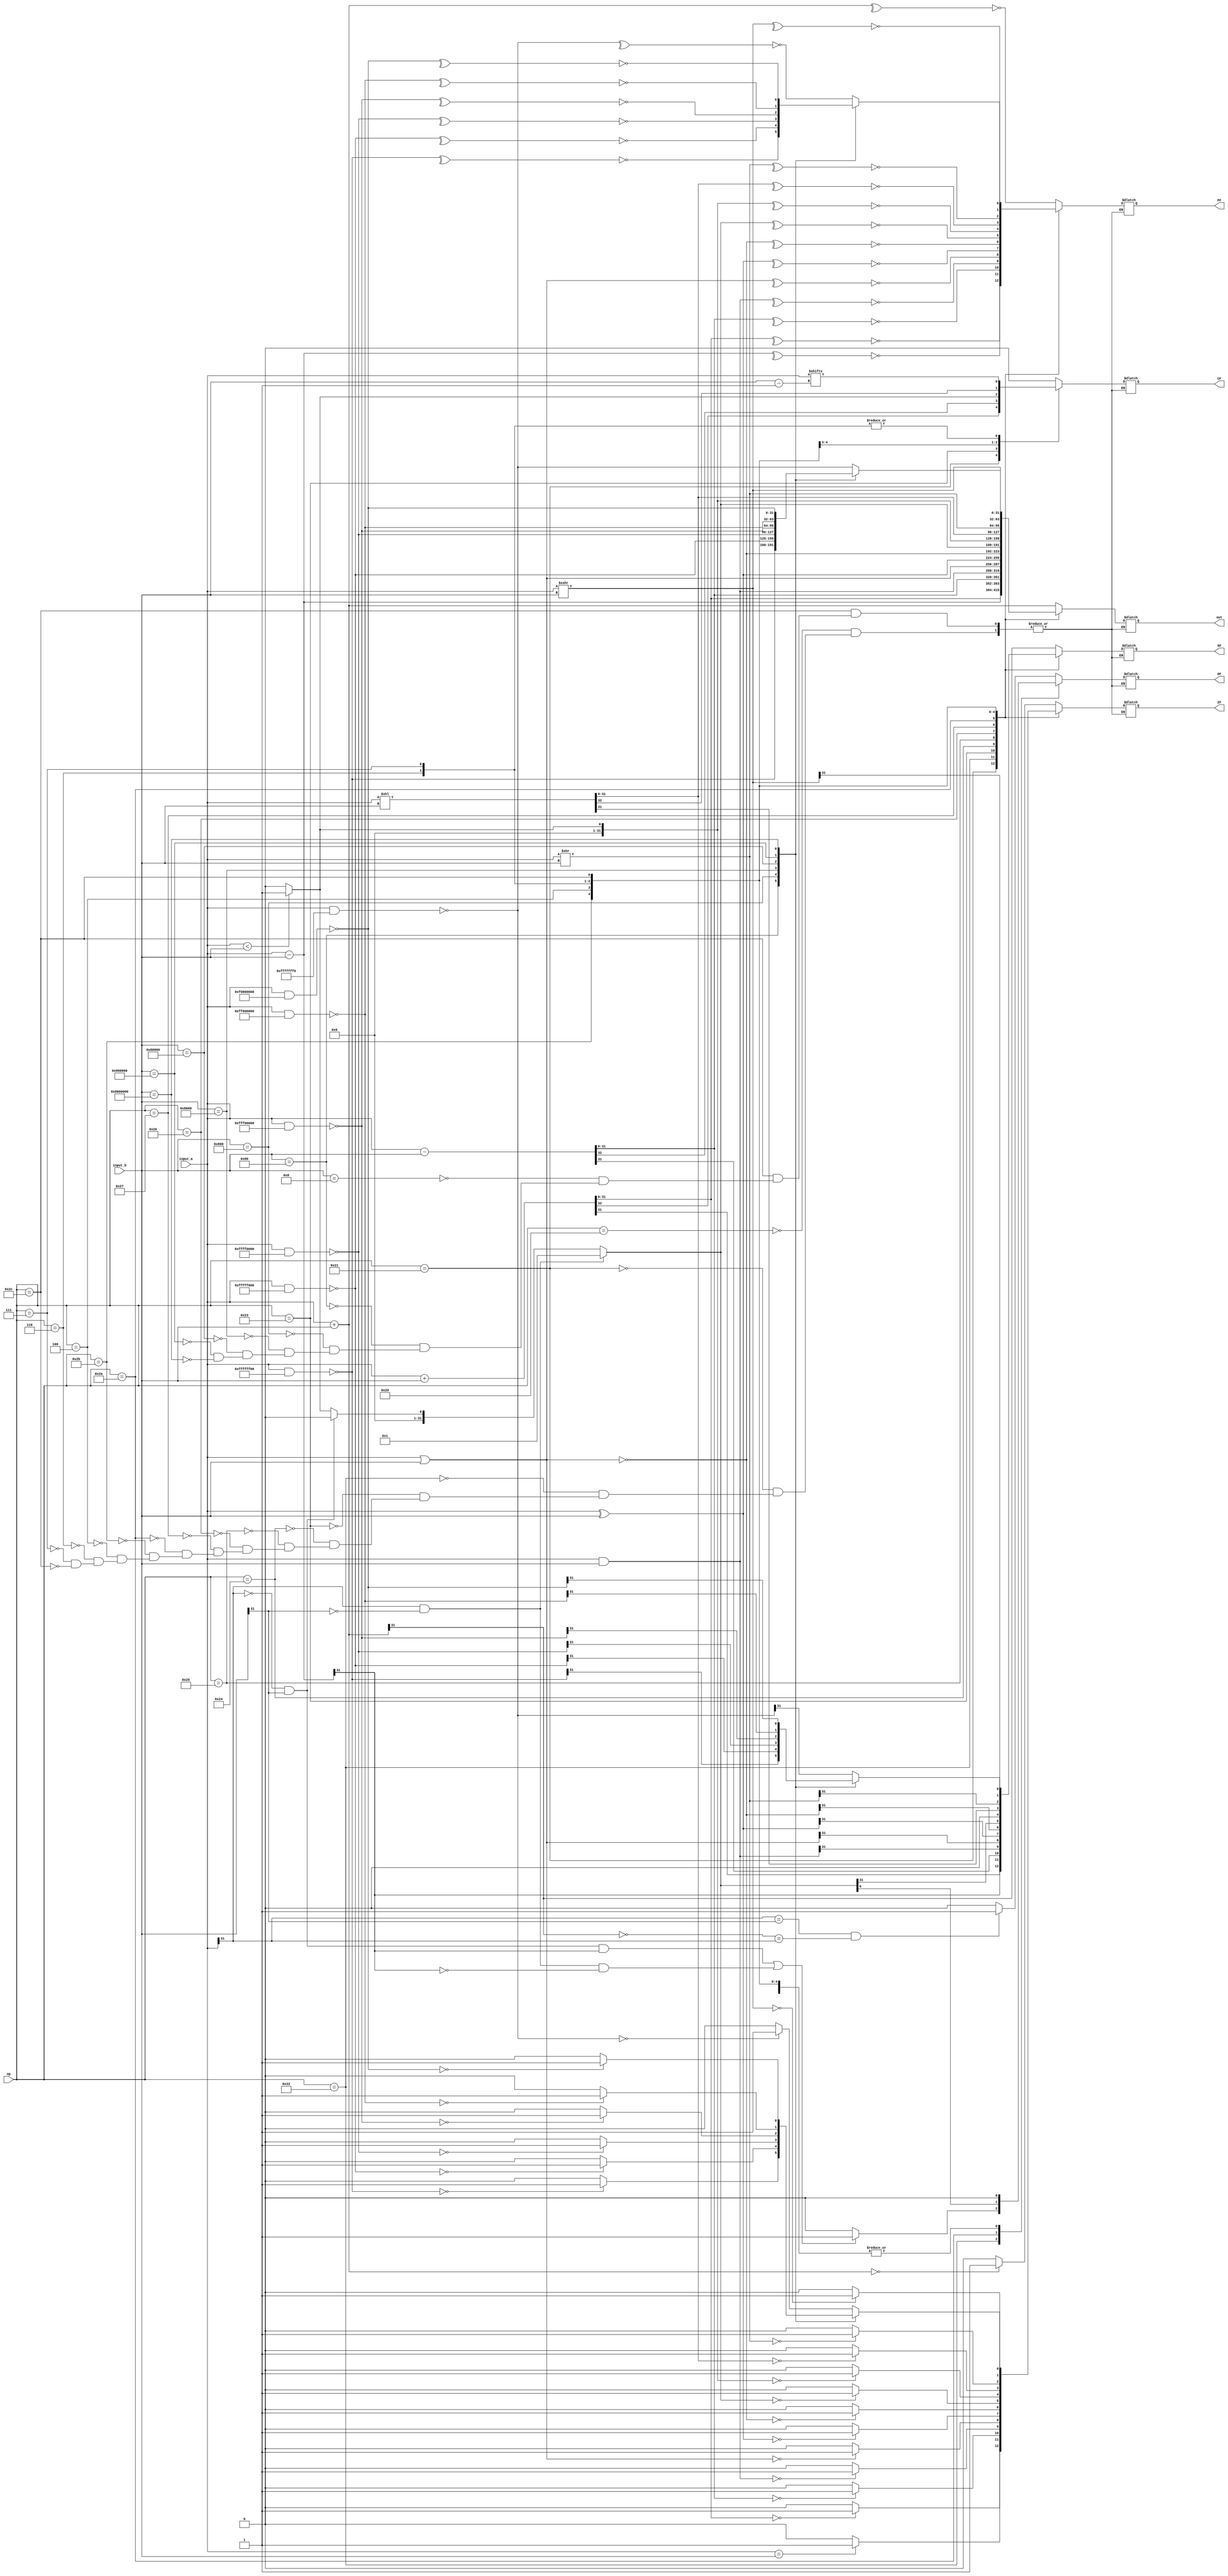
`timescale 1ns / 1ps
//////////////////////////////////////////////////////////////////////////////////
// Company: 
// Engineer: 
// 
// Design Name: 
// Module Name: alu_32bit
// Project Name: 
// Target Devices: 
// Tool Versions: 
// Description: 
// 
// Dependencies: 
// 
// Revision:
// Revision 0.01 - File Created
// Additional Comments:
// 
//////////////////////////////////////////////////////////////////////////////////


module alu_32bit(
op,input_a,input_b,
CF,OF,ZF,SF,PF,out
    );
    input [31:0] input_a,input_b;
    input [10:0] op;
    output reg[31:0] out;
    output reg CF,OF,ZF,SF,PF;
   
always@(*)
begin
    case(op)
        //add
        11'b00000100000:
            begin
            out=input_a+input_b;
            OF=((input_a[31]==input_b[31])&&(~out[31]==input_a[31]))?1:0;
            ZF=(out==0)?1:0;
            CF=0;
            SF=out[31];
            // 1PF=1
            PF=~(^out[31:0]);
            end
        //addu
        11'b00000100001:
            begin
            {CF,out}=input_a+input_b;
            ZF=(out==0)?1:0;
            OF=0;
            SF=out[31];
            PF=~(^out[31:0]);
            end
        //sub
        11'b00000100010:
            begin
            out=input_a-input_b;
            OF=((input_a[31]==0&&input_b[31]==1&&out[31]==1)||(input_a[31]==1&&input_b[31]==0&&out[31]==0))?1:0;
            ZF=(input_a==input_b)?1:0;
            CF=0;
            SF=out[31];
            PF=~(^out[31:0]);
            end
        //subu
        11'b00000100011:
            begin
            {CF,out}=input_a-input_b;
            ZF=(out==0)?1:0;
            OF=0;
            SF=out[31];
            PF=~(^out[31:0]);
            end
        //and
        11'b00000100100:
            begin
            out=input_a&input_b;
            ZF=(out==0)?1:0;
            CF=0;
            OF=0;
            SF=out[31];
            PF=~(^out[31:0]);
            end
        //or
        11'b00000100101:
            begin
            out=input_a|input_b;
            ZF=(out==0)?1:0;
            CF=0;
            OF=0;
            SF=out[31];
            PF=~(^out[31:0]);
            end
        //xor
        11'b00000100110:
            begin
            out=input_a^input_b;
            ZF=(out==0)?1:0;
            CF=0;
            OF=0;
            SF=out[31];
            PF=~(^out[31:0]);
            end
        //nor
        11'b00000100111:
            begin
            out=~(input_a|input_b);
            ZF=(out==0)?1:0;
            CF=0;
            OF=0;
            SF=out[31];
            PF=~(^out[31:0]);
            end
        //slt
        11'b00000101010:
            begin                        
            if(input_a[31]==1&&input_b[31]==0)
                out=1;
            else if(input_a[31]==0&&input_b[31]==1)
                out=0;
            else 
                out=(input_a<input_b)?1:0;
           OF=out; 
           ZF=(out==0)?1:0;
           CF=0;   
           SF=out[31];
           PF=~(^out[31:0]);           
           end
        //sltu
        11'b00000101011:
            begin
                out=(input_a<input_b)?1:0;
                CF=out;
                ZF=(out==0)?1:0;
                OF=0;
                SF=out[31];
                PF=~(^out[31:0]);
            end
        //shl
        11'b00000000100:
            begin   
            {CF,out}=input_a<<input_b;
            OF=0;
            ZF=(out==0)?1:0;
            SF=out[31];
            PF=~(^out[31:0]);
            end
        //shr
        11'b00000000110:
            begin
            out=input_a>>input_b;
            CF=input_a[input_b-1];
            OF=0;
            ZF=(out==0)?1:0;
            SF=out[31];
            PF=~(^out[31:0]);
            end
        //sar
        11'b00000000111:
            begin
            out=($signed(input_a))>>>input_b;
            CF=input_a[input_b-1];
            OF=0;
            ZF=(out==0)?1:0;
            SF=out[31];
            PF=~(^out[31:0]);
            end
        //truncate
        11'b00000101100:
            begin
                case(input_b)
                    32'b0000_0000_0000_0000_0000_0000_0000_1000:
                        begin
                        out=~(input_a&32'b1111_1111_1111_1111_1111_1111_1111_0000);
                        SF=out[31];
                        CF=0;
                        OF=0;
                        ZF=(out==0)?1:0;
                        PF=~(^out[31:0]);
                        end
                    32'b0000_0000_0000_0000_0000_0000_1000_0000:
                        begin
                        out=~(input_a&32'b1111_1111_1111_1111_1111_1111_0000_0000);
                        SF=out[31];
                        CF=0;
                        OF=0;
                        ZF=(out==0)?1:0;
                        PF=~(^out[31:0]);
                        end
                    32'b0000_0000_0000_0000_0000_1000_0000_0000:
                        begin
                        out=~(input_a&32'b1111_1111_1111_1111_1111_0000_0000_0000);
                        SF=out[31];
                        CF=0;
                        OF=0;
                        ZF=(out==0)?1:0;
                        PF=~(^out[31:0]);
                        end
                    32'b0000_0000_0000_0000_1000_0000_0000_0000:
                        begin
                        out=~(input_a&32'b1111_1111_1111_1111_0000_0000_0000_0000);
                        SF=out[31];
                        CF=0;
                        OF=0;
                        ZF=(out==0)?1:0;
                        PF=~(^out[31:0]);
                        end
                    32'b0000_0000_0000_1000_0000_0000_0000_0000:
                        begin
                        out=~(input_a&32'b1111_1111_1111_0000_0000_0000_0000_0000);
                        SF=out[31];
                        CF=0;
                        OF=0;
                        ZF=(out==0)?1:0;
                        PF=~(^out[31:0]);
                        end
                    32'b0000_0000_1000_0000_0000_0000_0000_0000:
                        begin
                        out=~(input_a&32'b1111_1111_0000_0000_0000_0000_0000_0000);
                        SF=out[31];
                        CF=0;
                        OF=0;
                        ZF=(out==0)?1:0;
                        PF=~(^out[31:0]);
                        end
                    32'b0000_1000_0000_0000_0000_0000_0000_0000:
                        begin
                        out=~(input_a&32'b1111_0000_0000_0000_0000_0000_0000_0000);
                        SF=out[31];
                        CF=0;
                        OF=0;
                        ZF=(out==0)?1:0;
                        PF=~(^out[31:0]);
                        end
                endcase
            end
        //tunr


    endcase
end
endmodule